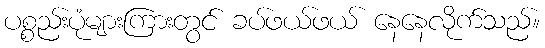
ပစ္စည်းပုံများကြားတွင် ခပ်ဖယ်ဖယ် နေနေလိုက်သည်။